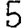
Digit: 5